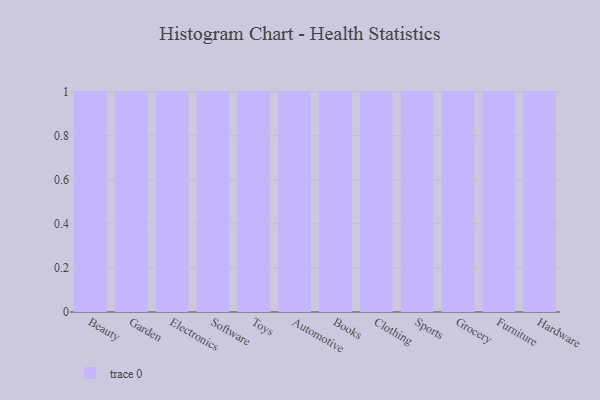
{"axis": {"x": "Category", "y": "Backlog"}, "legend": [""], "data": [{"x": "Beauty", "y": 99, "type": ""}, {"x": "Garden", "y": 87, "type": ""}, {"x": "Electronics", "y": 44, "type": ""}, {"x": "Software", "y": 58, "type": ""}, {"x": "Toys", "y": 92, "type": ""}, {"x": "Automotive", "y": 54, "type": ""}, {"x": "Books", "y": 53, "type": ""}, {"x": "Clothing", "y": 29, "type": ""}, {"x": "Sports", "y": 50, "type": ""}, {"x": "Grocery", "y": 58, "type": ""}, {"x": "Furniture", "y": 51, "type": ""}, {"x": "Hardware", "y": 98, "type": ""}]}